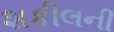
શકીલની